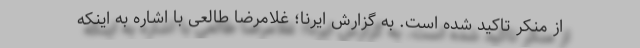
از منکر تاکید شده است. به گزارش ایرنا؛ غلامرضا طالعی با اشاره به اینکه